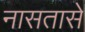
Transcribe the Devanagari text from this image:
नासतासे